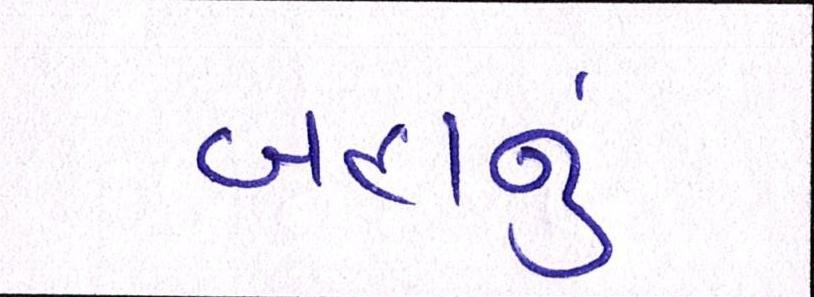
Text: બહાનું